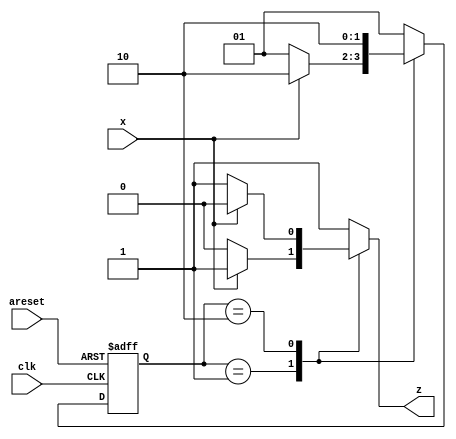
module top_module (
    input clk,
    input areset,
    input x,
    output reg z
); 
parameter a=2'b01;
parameter b=2'b10;
reg [1:0]state;
reg [1:0]next;
always @(posedge clk or posedge areset) begin
    if (areset) begin
        state<=a;
    end
    else begin
        state<=next;
    end
end
always @(*) begin
    case(state)
    a:begin
        if (~x) begin
            next=a;
            z=0;
        end
        else begin
            next=b;
            z=1;
        end
    end
    b:begin
        if (x) begin
            next=b;
            z=0;
        end
        else begin
            next=b;
            z=1;
        end
    end
    default:begin
        next=a;
        z=1;
    end
    endcase
end
endmodule